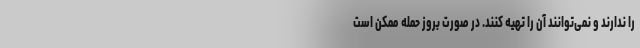
را ندارند و نمی‌توانند آن را تهیه کنند. در صورت بروز حمله ممکن است